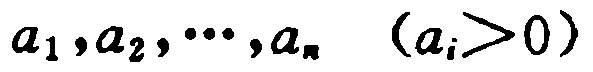
\(a_{1},a_{2},\cdots,a_{n}\ \ (a_{i}>0)\)